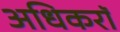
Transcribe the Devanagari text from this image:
अधिकरॉ